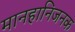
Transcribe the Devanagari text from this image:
मानहानिजनक